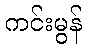
ကင်းမွန်